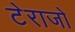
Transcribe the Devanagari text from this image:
टेराजो